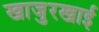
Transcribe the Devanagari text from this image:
खाजुरखाई